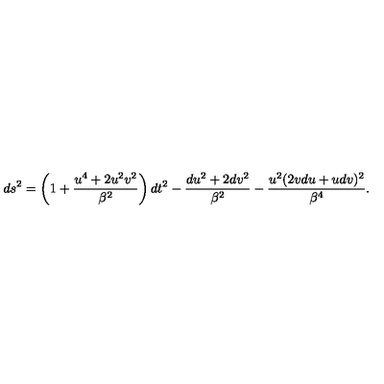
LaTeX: d s ^ { 2 } = \left( 1 + \frac { u ^ { 4 } + 2 u ^ { 2 } v ^ { 2 } } { \beta ^ { 2 } } \right) d t ^ { 2 } - \frac { d u ^ { 2 } + 2 d v ^ { 2 } } { \beta ^ { 2 } } - \frac { u ^ { 2 } ( 2 v d u + u d v ) ^ { 2 } } { \beta ^ { 4 } } .